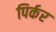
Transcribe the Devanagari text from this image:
पिर्कर